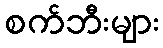
စက်ဘီးများ